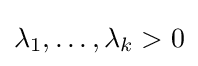
\lambda _{1},\dots ,\lambda _{k}>0